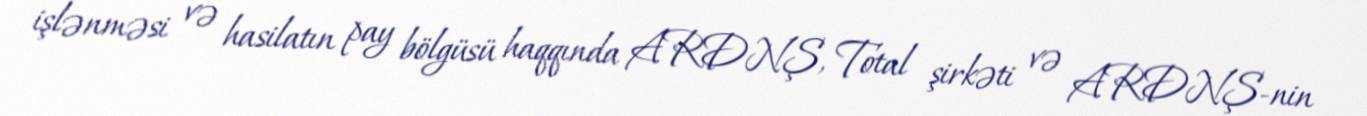
işlənməsi və hasilatın pay bölgüsü haqqında ARDNŞ, Total şirkəti və ARDNŞ-nin